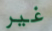
غير